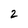
Character: 2